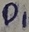
Text: D1